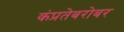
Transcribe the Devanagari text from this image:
कंप्रतेबरोबर